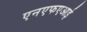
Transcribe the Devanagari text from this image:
एनएफएआई